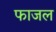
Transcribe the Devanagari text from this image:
फाजल